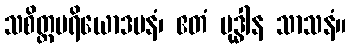
သစိတ္တပရိယောဒပနံ၊ ဧတံ ဗုဒ္ဓါန သာသနံ။